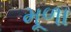
મૂળા